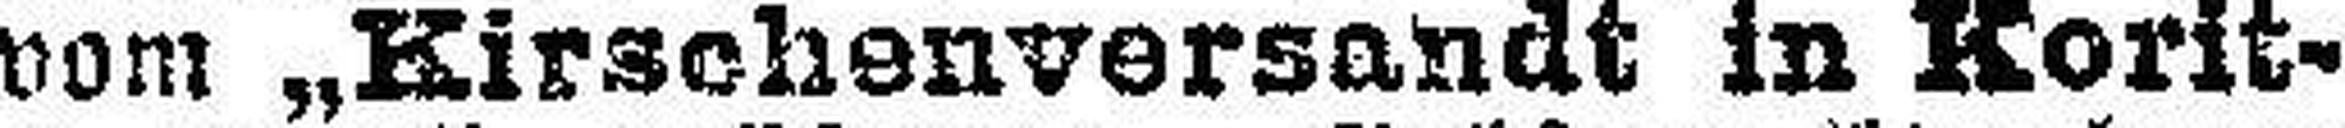
vom „Kirschrnversandt in Korit¬